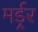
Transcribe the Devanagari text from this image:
मर्ड्रर